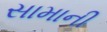
સામાની